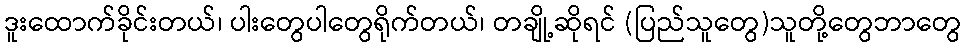
ဒူးထောက်ခိုင်းတယ်၊ ပါးတွေပါတွေရိုက်တယ်၊ တချို့ဆိုရင် (ပြည်သူတွေ)သူတို့တွေဘာတွေ